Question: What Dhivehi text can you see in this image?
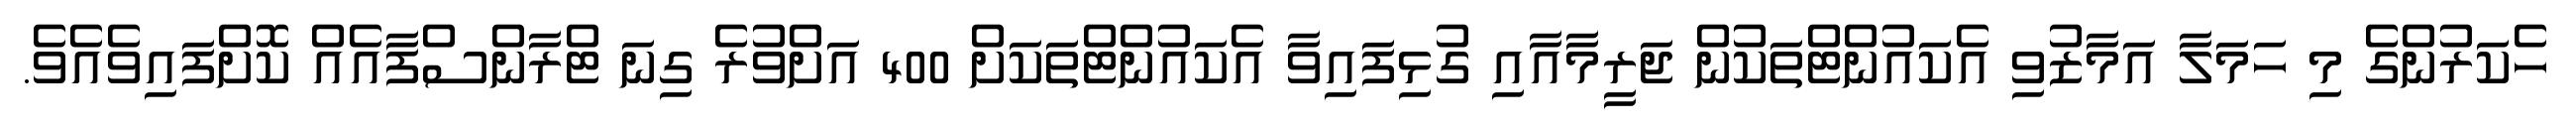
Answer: ހެކަރުންގެ މި ހަމަލާ އަމާޒުވި އެކައުންޓްތަކުން ޖަރީމާއާއި ގުޅިފައިވާ އެކައުންޓްތަކަށް 400 އަށްވުރެ ގިނަ ޓްރާންސްފާއެއް ކޮށްފައިވެއެވެ.